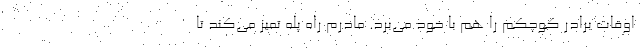
اوقات برادر کوچکم را هم با خود می‌برد. مادرم راه پله تمیز می‌کند تا